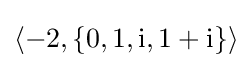
\left\langle -2,\{0,1,\mathrm {i} ,1+\mathrm {i} \}\right\rangle